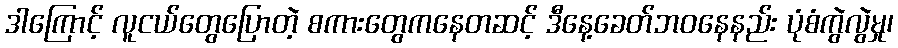
ဒါကြောင့် လူငယ်တွေပြောတဲ့ စကားတွေကနေတဆင့် ဒီနေ့ခေတ်ဘဝနေနည်း ပုံစံကွဲလွဲမှု၊